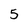
Character: 5